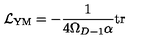
{ \cal L } _ { \mathrm { Y M } } = - \frac { 1 } { 4 \Omega _ { D - 1 } \alpha } \mathrm { t r }